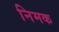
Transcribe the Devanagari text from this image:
निमक